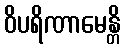
ဝိပရိဏာမေန္တိ